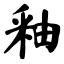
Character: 釉